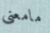
مامعنى